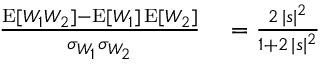
\begin{array} { r l } { \frac { \operatorname { E } [ W _ { 1 } W _ { 2 } ] - \operatorname { E } [ W _ { 1 } ] \operatorname { E } [ W _ { 2 } ] } { \sigma _ { W _ { 1 } } \sigma _ { W _ { 2 } } } } & { { } = \frac { 2 \, | s | ^ { 2 } } { 1 + 2 \, | s | ^ { 2 } } } \end{array}